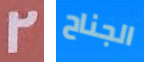
2 الجناح